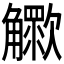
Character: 𧥊